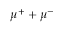
\mu ^ { + } + \mu ^ { - }